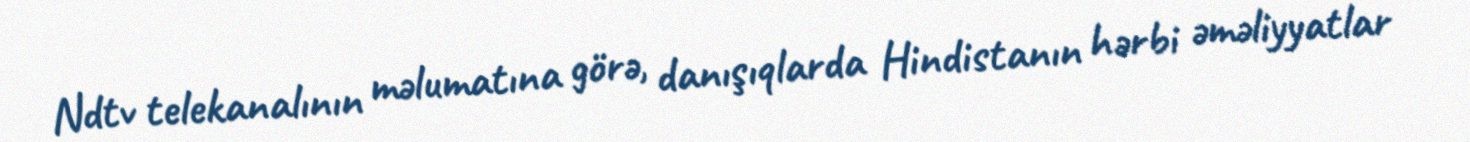
Ndtv telekanalının məlumatına görə, danışıqlarda Hindistanın hərbi əməliyyatlar